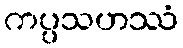
ကပ္ပသဟဿံ